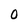
Character: O